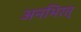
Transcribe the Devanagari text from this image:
अनभिरत्